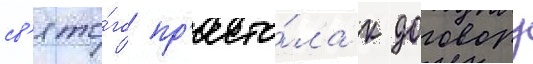
св'ято́го пр'есто́ла к договору